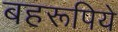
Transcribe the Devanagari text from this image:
बहरूपिये